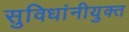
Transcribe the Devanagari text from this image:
सुविधांनीयुक्त